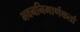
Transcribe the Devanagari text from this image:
भवननिमार्णकर्ता